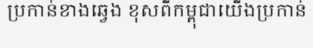
ប្រកាន់ខាងឆ្វេង ខុសពីកម្ពុជាយើងប្រកាន់